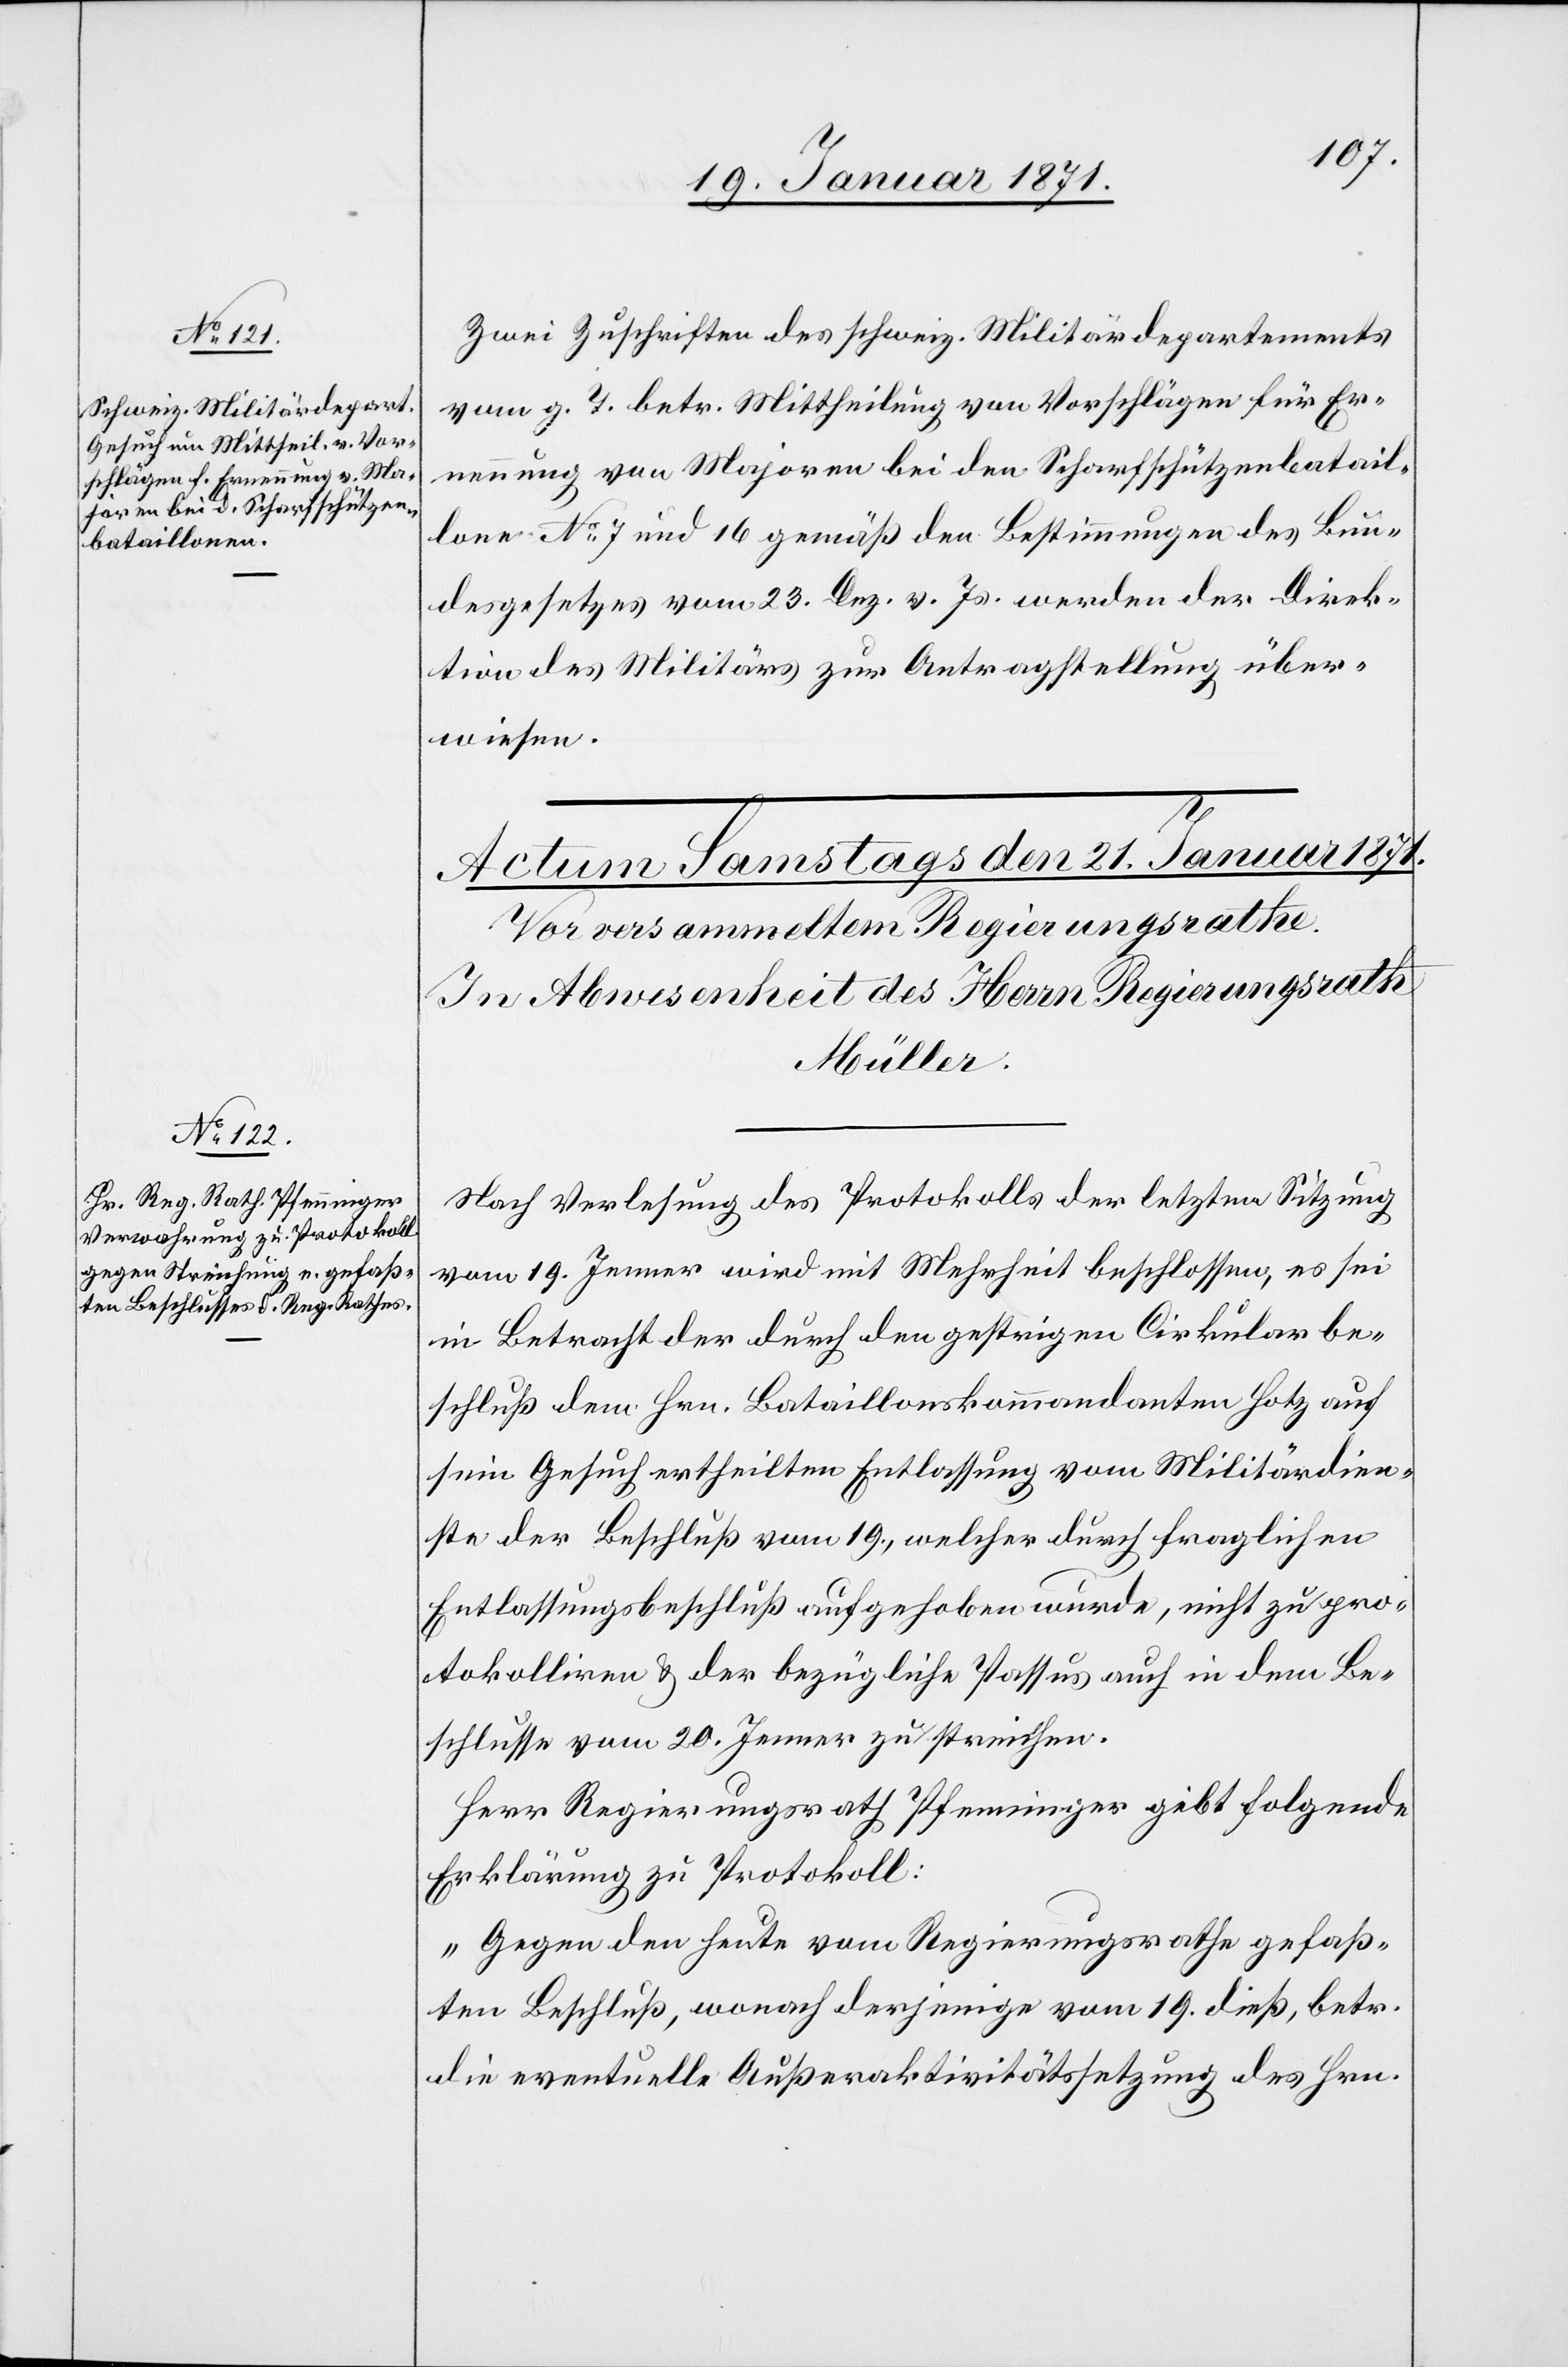
20. Januar 1871.]
Zwei Zuschriften des schweiz. Militärdepartements
vom g. T. betr. Mittheilung von Vorschlägen für Er¬
nennung von Majoren bei den Scharfschützenbatail¬
lone No. 7 und 16 gemäß den Bestimmungen des Bun¬
desgesetztes vom 23. Dez. v. Js. werden der Direk¬
tion des Militärs zur Antragstellung über¬
wiesen.
Nach Verlesung des Protokolls der letzten Sitzung
vom 19. Jenner wird mit Mehrheit beschlossen, es sei
in Betracht der durch den gestrigen Cirkularbe¬
schluß dem Hrn. Bataillonskommandanten Hotz auf
sein Gesuch ertheilten Entlassung vom Militärdien¬
ste der Beschluß vom 19., welcher durch fraglichen
Entlassungsbeschluß aufgehoben wurde, nicht zu pro¬
tokolliren u. der bezügliche Passus auch in dem Be¬
schlusse vom 20. Jenner zu streichen.
Herr Regierungsrath Pfenninger gibt folgende
Erklärung zu Protokoll:
„Gegen den heute vom Regierungsrathe gefaß¬
ten Beschluß, wonach derjenige vom 19. dieß, betr.
die eventuelle Außeraktivitätssetzung des Hrn.